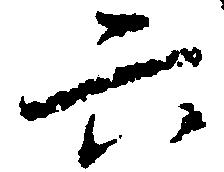
六